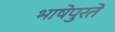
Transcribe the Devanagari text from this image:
भाषेपुरते